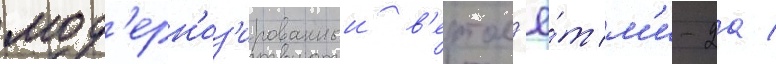
мод'ерн'из'ированныи в'ертол'ё́т м'и-2а /